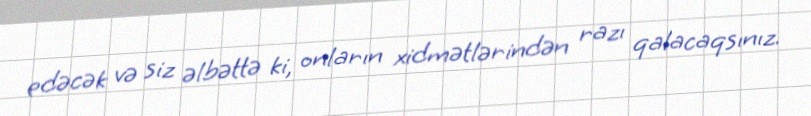
edəcək və siz əlbəttə ki, onların xidmətlərindən razı qalacaqsınız.